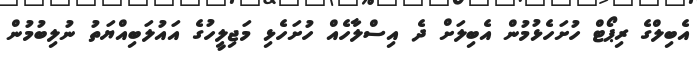
އެބިލްގެ ރިޕޯޓް ހުށަހެޅުމުން އެބިލަށް ދެ އިސްލާހެއް ހުށަހެޅި މަޖިލީހުގެ އައުލަބިއްޔަތު ނުލިބުމުން